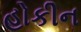
હોકીન